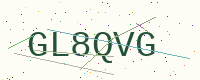
Text: GL8QVG